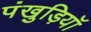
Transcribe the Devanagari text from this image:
पंखुड़ियॉ